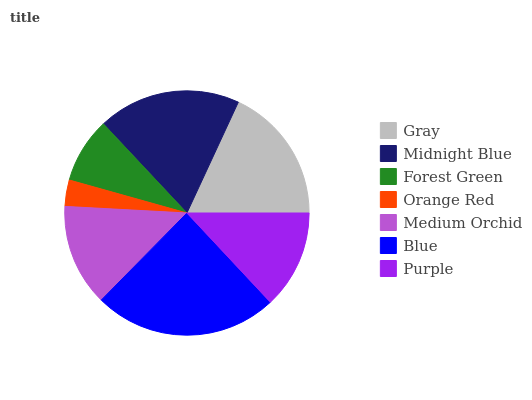
| Gray | Midnight Blue | Forest Green | Orange Red | Medium Orchid | Blue | Purple |
 | --- | --- | --- | --- | --- | --- | --- |
 | 18.1% | 18.9% | 8.66% | 3.48% | 13.5% | 24.3% | 13% |